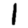
Digit: 1